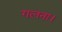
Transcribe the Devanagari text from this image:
गलना।